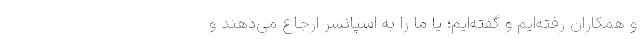
و همکاران رفته‌ایم و گفته‌ایم؛ یا ما را به اسپانسر ارجاع می‌دهند و